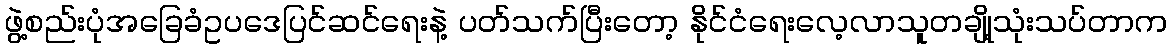
ဖွဲ့စည်းပုံအခြေခံဥပဒေပြင်ဆင်ရေးနဲ့ ပတ်သက်ပြီးတော့ နိုင်ငံရေးလေ့လာသူတချို့သုံးသပ်တာက